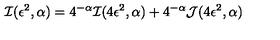
{ \cal I } ( \epsilon ^ { 2 } , \alpha ) = 4 ^ { - \alpha } { \cal I } ( 4 \epsilon ^ { 2 } , \alpha ) + 4 ^ { - \alpha } { \cal J } ( 4 \epsilon ^ { 2 } , \alpha )